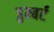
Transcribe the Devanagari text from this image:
हुम्बर्ट